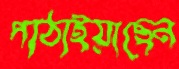
পাঠাইয়াছেন